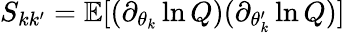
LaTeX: S_{kk^{\prime}}=\mathbb{E}[(\partial_{\theta_{k}}\ln Q)(\partial_{\theta_{k}^{\prime}}\ln Q)]